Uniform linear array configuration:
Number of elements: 48
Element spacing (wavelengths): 0.25
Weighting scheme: binomial
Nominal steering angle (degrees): -15
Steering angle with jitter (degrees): -15.069
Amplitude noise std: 0.05
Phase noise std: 0.05

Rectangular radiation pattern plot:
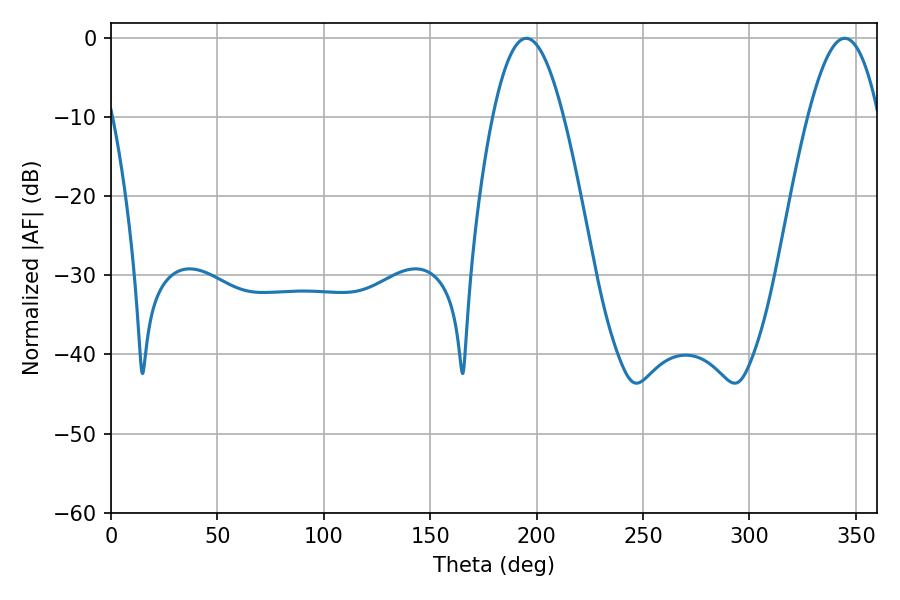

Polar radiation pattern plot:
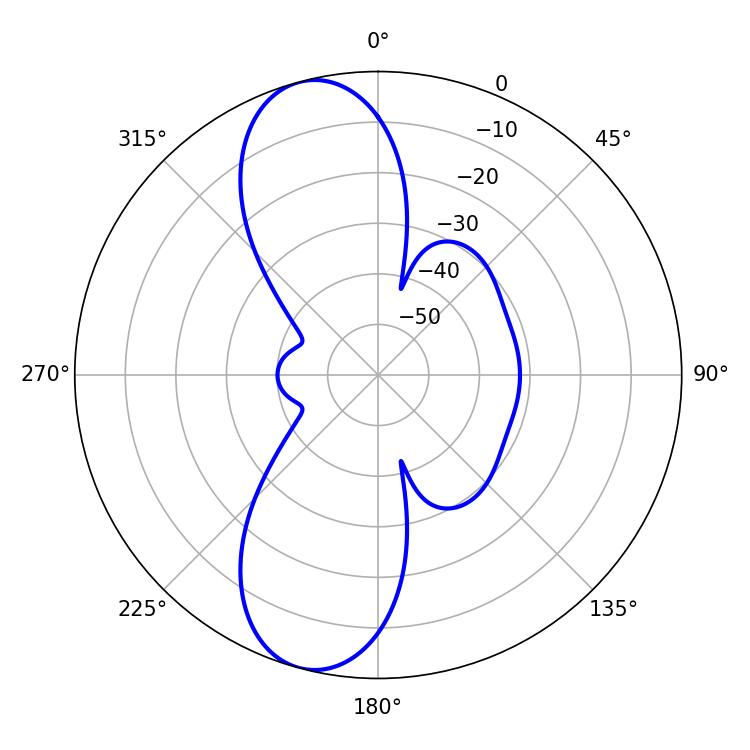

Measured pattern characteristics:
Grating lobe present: FALSE
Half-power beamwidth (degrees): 18.18
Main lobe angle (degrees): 195.12